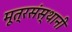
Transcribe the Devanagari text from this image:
मूत्रसंस्थानी